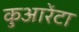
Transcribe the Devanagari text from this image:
कुआरेंटा